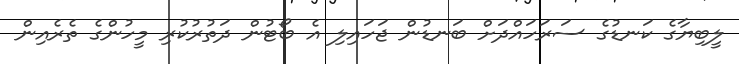
ލީބިޔާގެ ކަނޑުގެ ސަރަހައްދަށް ބަނޑުން ޖަހައިލި އެ ބޯޓުން ދަތުރުކުރި މީހުންގެ ތެރެއިން